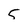
Character: 5